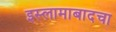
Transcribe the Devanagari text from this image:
इस्लामाबादचा